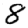
Digit: 8